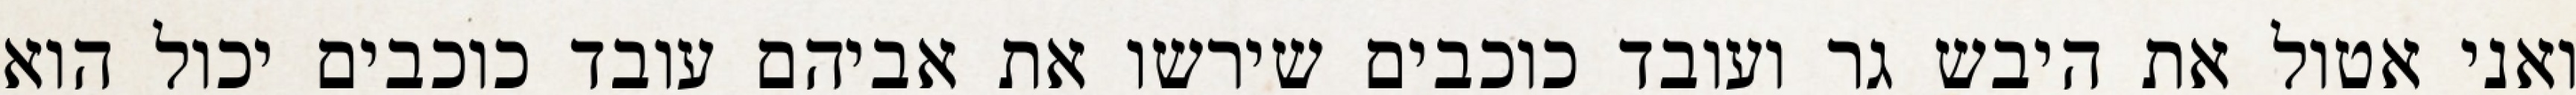
ואני אטול את היבש גר ועובד כוכבים שירשו את אביהם עובד כוכבים יכול הוא